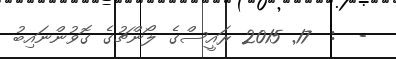
-  :  17